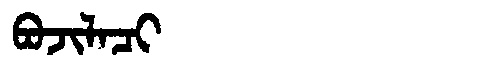
Manchu: ᠪᠣᠵᡳᠯᠠᠴᡳ
Romanization: BOJILACI